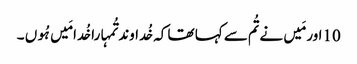
10اور مَیں نے تُم سے کہا تھا کہ خُداوند تُمہارا خُدا مَیں ہُوں ۔